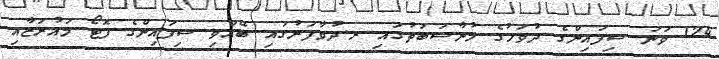
124 ވަނަ ސިފައިންގެ ދުވަހުގެ މުނާސަބަތުގައި ރ.ދުވާފަރުގައި ބޭއްވި ސިފައިންގެ ފޮޓޯ މައުރަޒާއި